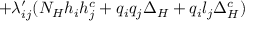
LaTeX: + { \lambda _ { i j } ^ { \prime } } ( { N _ { H } } { h _ { i } } { h _ { j } ^ { c } } + { q _ { i } } { q _ { j } } { \Delta _ { H } } + { q _ { i } } { l _ { j } } { \Delta _ { H } ^ { c } } )